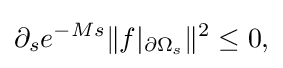
\displaystyle {\partial _{s}e^{-Ms}\|f|_{\partial \Omega _{s}}\|^{2}\leq 0,}